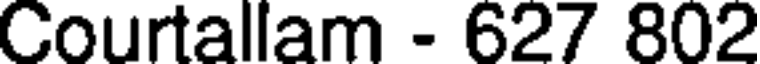
Courtallam - 627 802